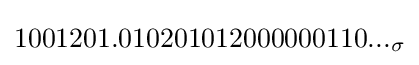
1001201.010201012000000110..._{\sigma }